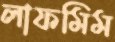
লাফমিম